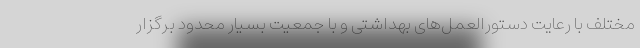
مختلف با رعایت دستورالعمل‌های بهداشتی و با جمعیت بسیار محدود برگزار